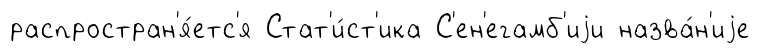
распростран'я́етс'я Стат'и́ст'ика С'ен'егамб'иjи назва́н'иjе